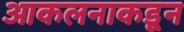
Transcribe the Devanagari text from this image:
आकलनाकडून